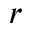
r